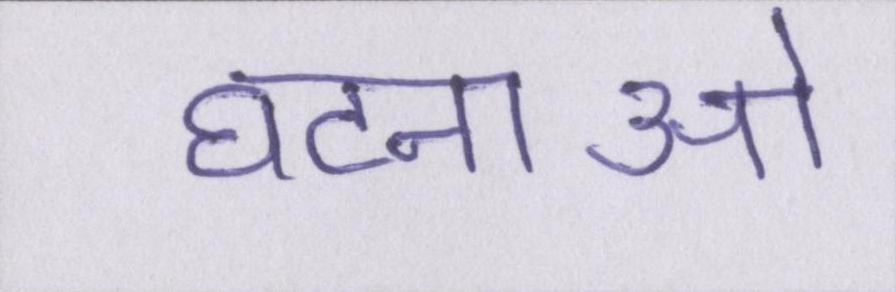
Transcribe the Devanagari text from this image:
घटनाओ